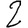
Digit: 2